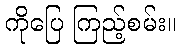
ကိုပြေ ကြည့်စမ်း။